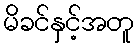
မိခင်နှင့်အတူ